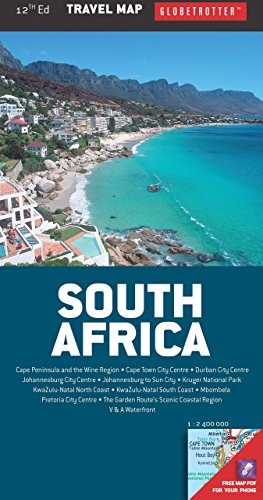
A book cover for South Africa Travel Map (Globetrotter Travel Map); Globetrotter; Travel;